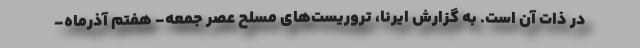
در ذات آن است. به گزارش ایرنا، تروریست‌های مسلح عصر جمعه- هفتم آذرماه-